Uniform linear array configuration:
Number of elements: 32
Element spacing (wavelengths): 0.25
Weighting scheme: hann
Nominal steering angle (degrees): -60
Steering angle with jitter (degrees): -59.65
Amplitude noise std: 0.05
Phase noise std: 0.05

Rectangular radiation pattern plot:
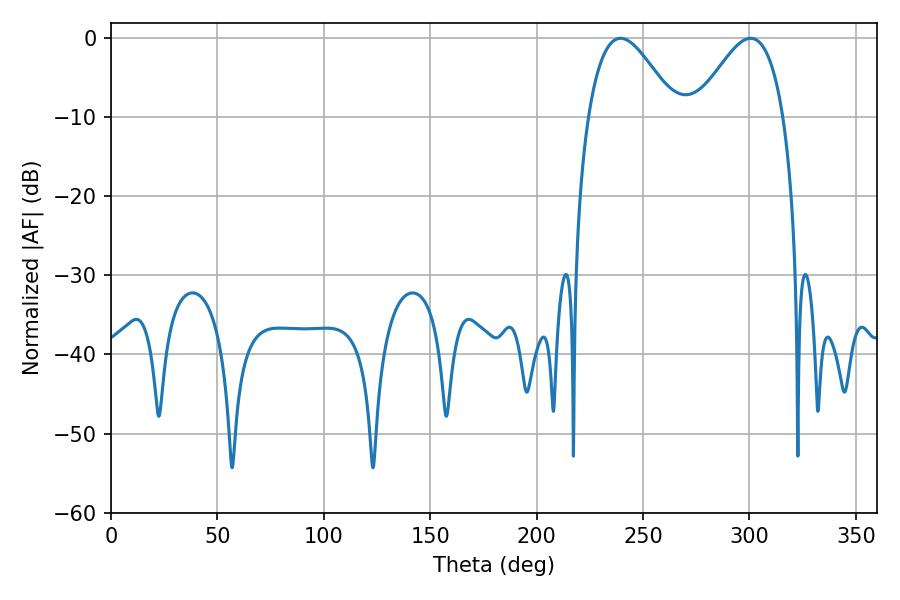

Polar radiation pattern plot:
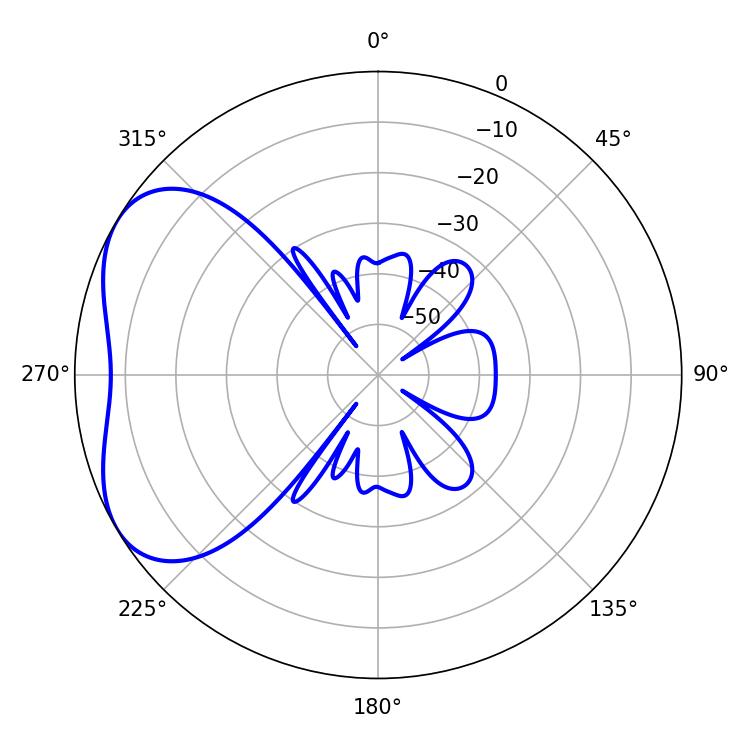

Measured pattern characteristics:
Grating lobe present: FALSE
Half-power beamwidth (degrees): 22.14
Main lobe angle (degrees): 239.4